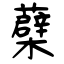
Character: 蘗